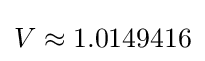
V\approx 1.0149416